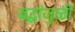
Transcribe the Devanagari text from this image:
बद्धांजुळी